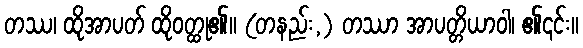
တဿ၊ ထိုအာပတ် ထိုဝတ္ထု၏။ (တနည်း,) တဿာ အာပတ္တိယာဝါ၊ ၏၎င်း။